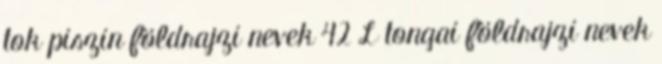
tok piszin földrajzi nevek‎ 42 L tongai földrajzi nevek‎